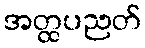
အတ္ထပညတ်